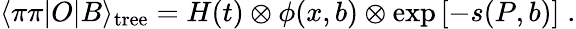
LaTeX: \langle\pi\pi|O|B\rangle_{\mathrm{tree}}=H(t)\otimes\phi(x,b)\otimes\exp\left[-s(P,b)\right]\; .